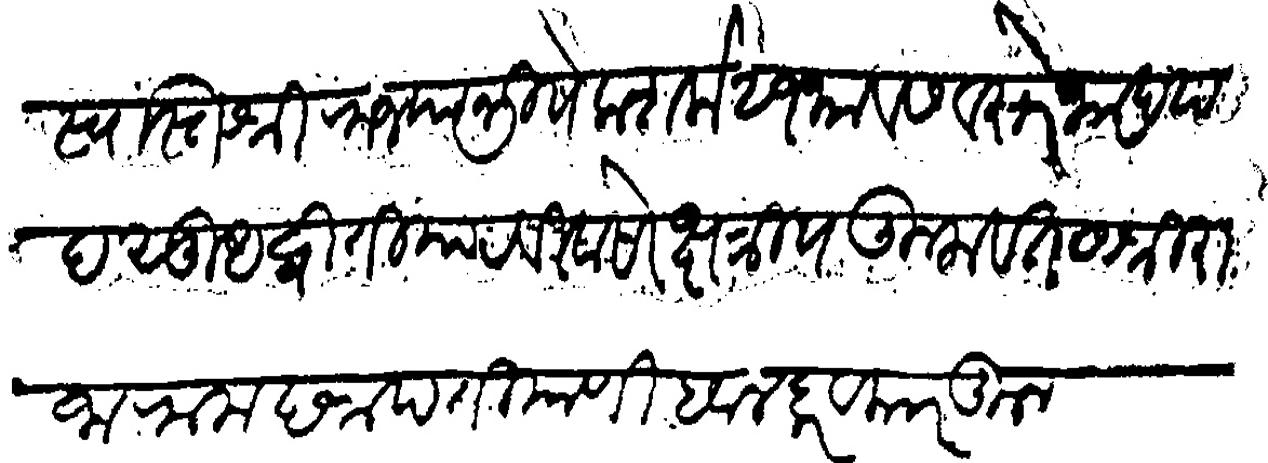
Transliteration (Devanagari): स्वस्तिश्री राज्याभिषेक शके २१ भवसंवत्सरे भाद्रपद सुध द्वितीया रविवासरे क्षत्रिय कुलवतस श्री राजा राम छत्रपती याणी हवालदार व कारकून